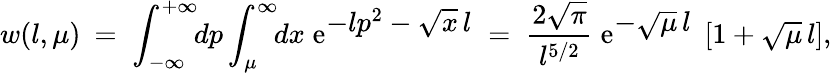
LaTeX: w(l,\mu)\: =\; \int_{-\infty}^{+\infty}\! \! dp\int_{\mu}^{\infty}\! \! dx\; \mathrm{e}^{\textstyle-lp^{2}-\sqrt{x}\, l}\; =\; \frac{2\sqrt{\pi}}{l^{5/2}}\; \mathrm{e}^{\textstyle-\sqrt{\mu}\, l}\; \left[1+\sqrt{\mu}\, l\right],